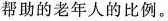
帮助的老年人的比例。